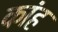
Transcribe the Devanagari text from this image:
कांह